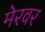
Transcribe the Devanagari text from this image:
मेरवर